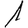
Digit: 1